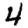
Digit: 4